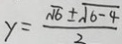
y = \frac { \sqrt { 6 } \pm \sqrt { 6 - 4 } } { 2 }